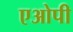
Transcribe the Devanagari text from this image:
एओपी